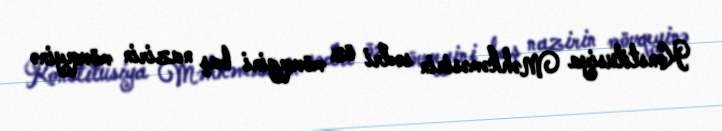
Konstitusiya Məhkəməsinin sədri öz mövqeyini baş nazirin mövqeyinə